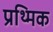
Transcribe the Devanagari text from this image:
प्रथ्मिक